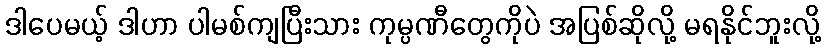
ဒါပေမယ့် ဒါဟာ ပါမစ်ကျပြီးသား ကုမ္ပဏီတွေကိုပဲ အပြစ်ဆိုလို့ မရနိုင်ဘူးလို့